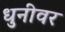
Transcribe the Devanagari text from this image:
धुनीवर